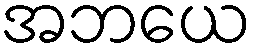
အဘယေ